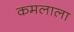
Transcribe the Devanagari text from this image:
कमलाला